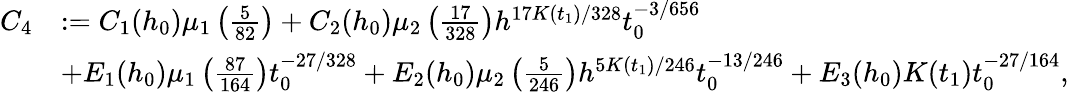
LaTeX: \begin{array}{rl}{C_{4}}&{:=C_{1}(h_{0})\mu_{1}\left(\frac{5}{82}\right)+C_{2}(h_{0})\mu_{2}\left(\frac{17}{328}\right)h^{17K(t_{1})/328}t_{0}^{-3/656}}\\ &{+E_{1}(h_{0})\mu_{1}\left(\frac{87}{164}\right)t_{0}^{-27/328}+E_{2}(h_{0})\mu_{2}\left(\frac{5}{246}\right)h^{5K(t_{1})/246}t_{0}^{-13/246}+E_{3}(h_{0})K(t_{1})t_{0}^{-27/164},}\end{array}